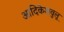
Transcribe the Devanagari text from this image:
आदिकेशवुलू